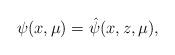
LaTeX: \begin{align*}\psi(x,\mu) = \hat\psi(x,z,\mu),\end{align*}